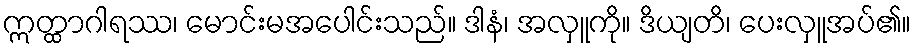
ဣတ္ထာဂါရဿ၊ မောင်းမအပေါင်းသည်။ ဒါနံ၊ အလှူကို။ ဒိယျတိ၊ ပေးလှူအပ်၏။